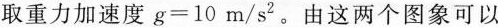
取重力加速度g=10m/s2。由这两个图象可以